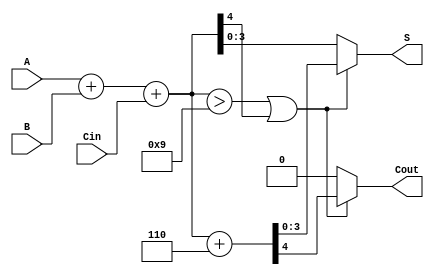
module BCD_Conditional_Adder (
    input [3:0] A,     // First BCD digit
    input [3:0] B,     // Second BCD digit
    input Cin,         // Carry input
    output reg [3:0] S, // BCD sum output
    output reg Cout     // Carry output
);

    // Intermediate values
    wire [4:0] sum;     // 5-bit sum to accommodate carry
    wire correction;     // Correction required flag

    // Binary addition of A, B and Cin
    assign sum = A + B + Cin;

    // Condition for BCD correction: if sum > 9 or if there's a carry out
    assign correction = (sum > 9) || (sum[4] == 1);

    always @(*) begin
        if (correction) begin
            // Apply correction by adding 6 (0110)
            {Cout, S} = sum + 6; // Concatenation to handle potential carry out
        end else begin
            // No correction needed
            Cout = 0;
            S = sum[3:0]; // Lower 4 bits are the valid BCD sum
        end
    end

endmodule